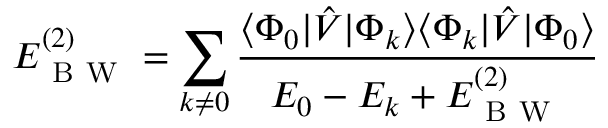
E _ { \mathrm { ~ B ~ W ~ } } ^ { ( 2 ) } = \sum _ { k \neq 0 } \frac { \langle \Phi _ { 0 } | \hat { V } | \Phi _ { k } \rangle \langle \Phi _ { k } | \hat { V } | \Phi _ { 0 } \rangle } { E _ { 0 } - E _ { k } + E _ { \mathrm { ~ B ~ W ~ } } ^ { ( 2 ) } }